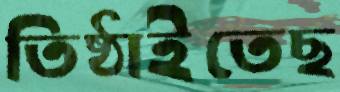
তিষ্ঠাইতেছ